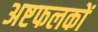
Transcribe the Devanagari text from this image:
अष्टफलकों